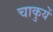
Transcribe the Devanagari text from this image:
चाकुयें